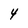
Character: 4